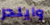
وايلدر